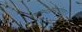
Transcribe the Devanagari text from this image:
ब्रवीम्योमित्येतत्।।